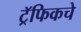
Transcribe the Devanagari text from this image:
ट्रॅफिकचे